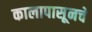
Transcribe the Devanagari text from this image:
कालापासूनचे